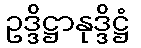
ဥဒ္ဒိဋ္ဌာနုဒ္ဒိဋ္ဌံ